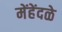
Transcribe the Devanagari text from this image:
मेंहेंदळे